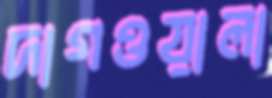
দাগওয়ালা